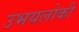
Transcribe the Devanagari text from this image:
उभयलोकी